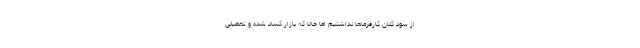
از سود کلان کارفرماها نداشتیم اما حالا که بازار کساد شده و تعطیلی